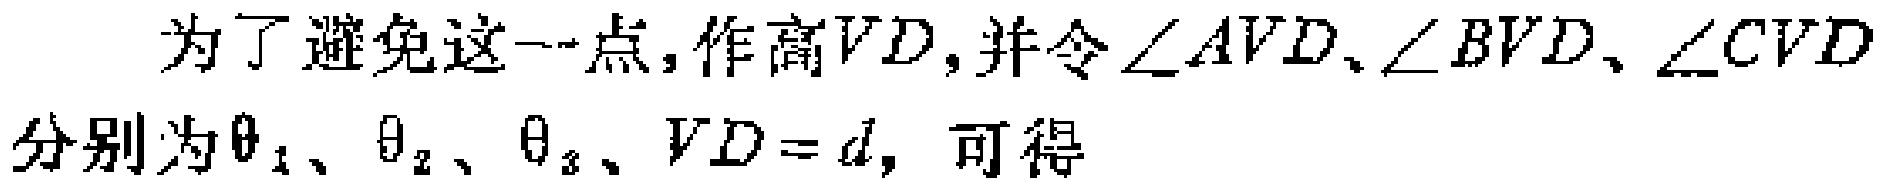
为了避免这一点,作高\(VD\),并令\(\angle AVD\)、\(\angle BVD\)、\(\angle CVD\)分别为\(\theta_{1}\)、\(\theta_{2}\)、\(\theta_{3}\)、\(VD = d\), 可得